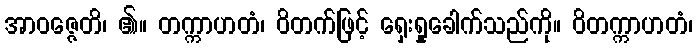
အာဝဇ္ဇေတိ၊ ၏။ တက္ကာဟတံ၊ ဝိတက်ဖြင့် ရှေးရှုခေါက်သည်ကို။ ဝိတက္ကာဟတံ၊